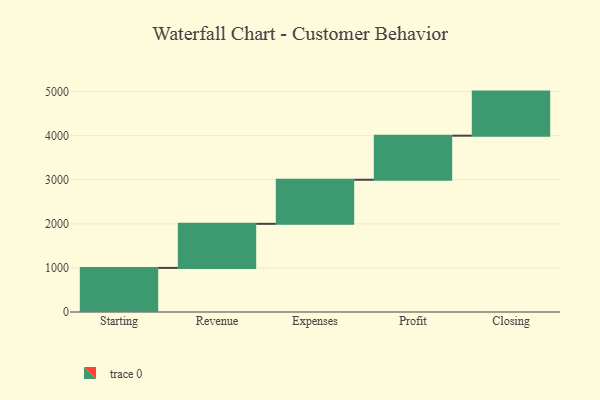
{"axis": {"x": "Step", "y": "Value"}, "legend": [""], "data": [{"x": "Starting", "y": 1000, "type": ""}, {"x": "Revenue", "y": 1000, "type": ""}, {"x": "Expenses", "y": 1000, "type": ""}, {"x": "Profit", "y": 1000, "type": ""}, {"x": "Closing", "y": 1000, "type": ""}]}